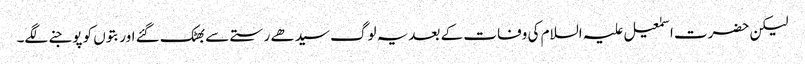
لیکن حضرت اسمٰعیل علیہ السلام کی وفات کے بعدیہ لوگ سیدھے رستے سے بھٹک گئے اور بتوں کو پوجنے لگے۔